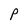
Character: P